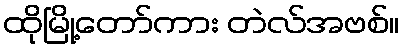
ထိုမြို့တော်ကား တဲလ်အဗစ်။